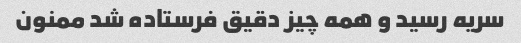
سریه رسید و همه چیز دقیق فرستاده شد ممنون